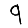
Digit: 9